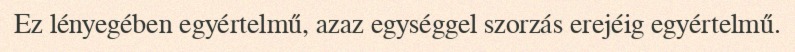
Ez lényegében egyértelmű, azaz egységgel szorzás erejéig egyértelmű.